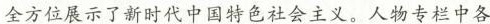
全方位展示了新时代中国特色社会主义。人物专栏中各